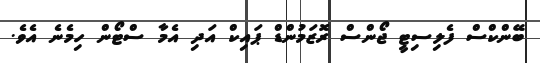
ބޭންކްސް ފެލިސިޓީ ޖޯންސް ރޮޒަމުންޑް ޕައިކް އަދި އެމާ ސްޓޯން ހިމެނެ އެވެ.